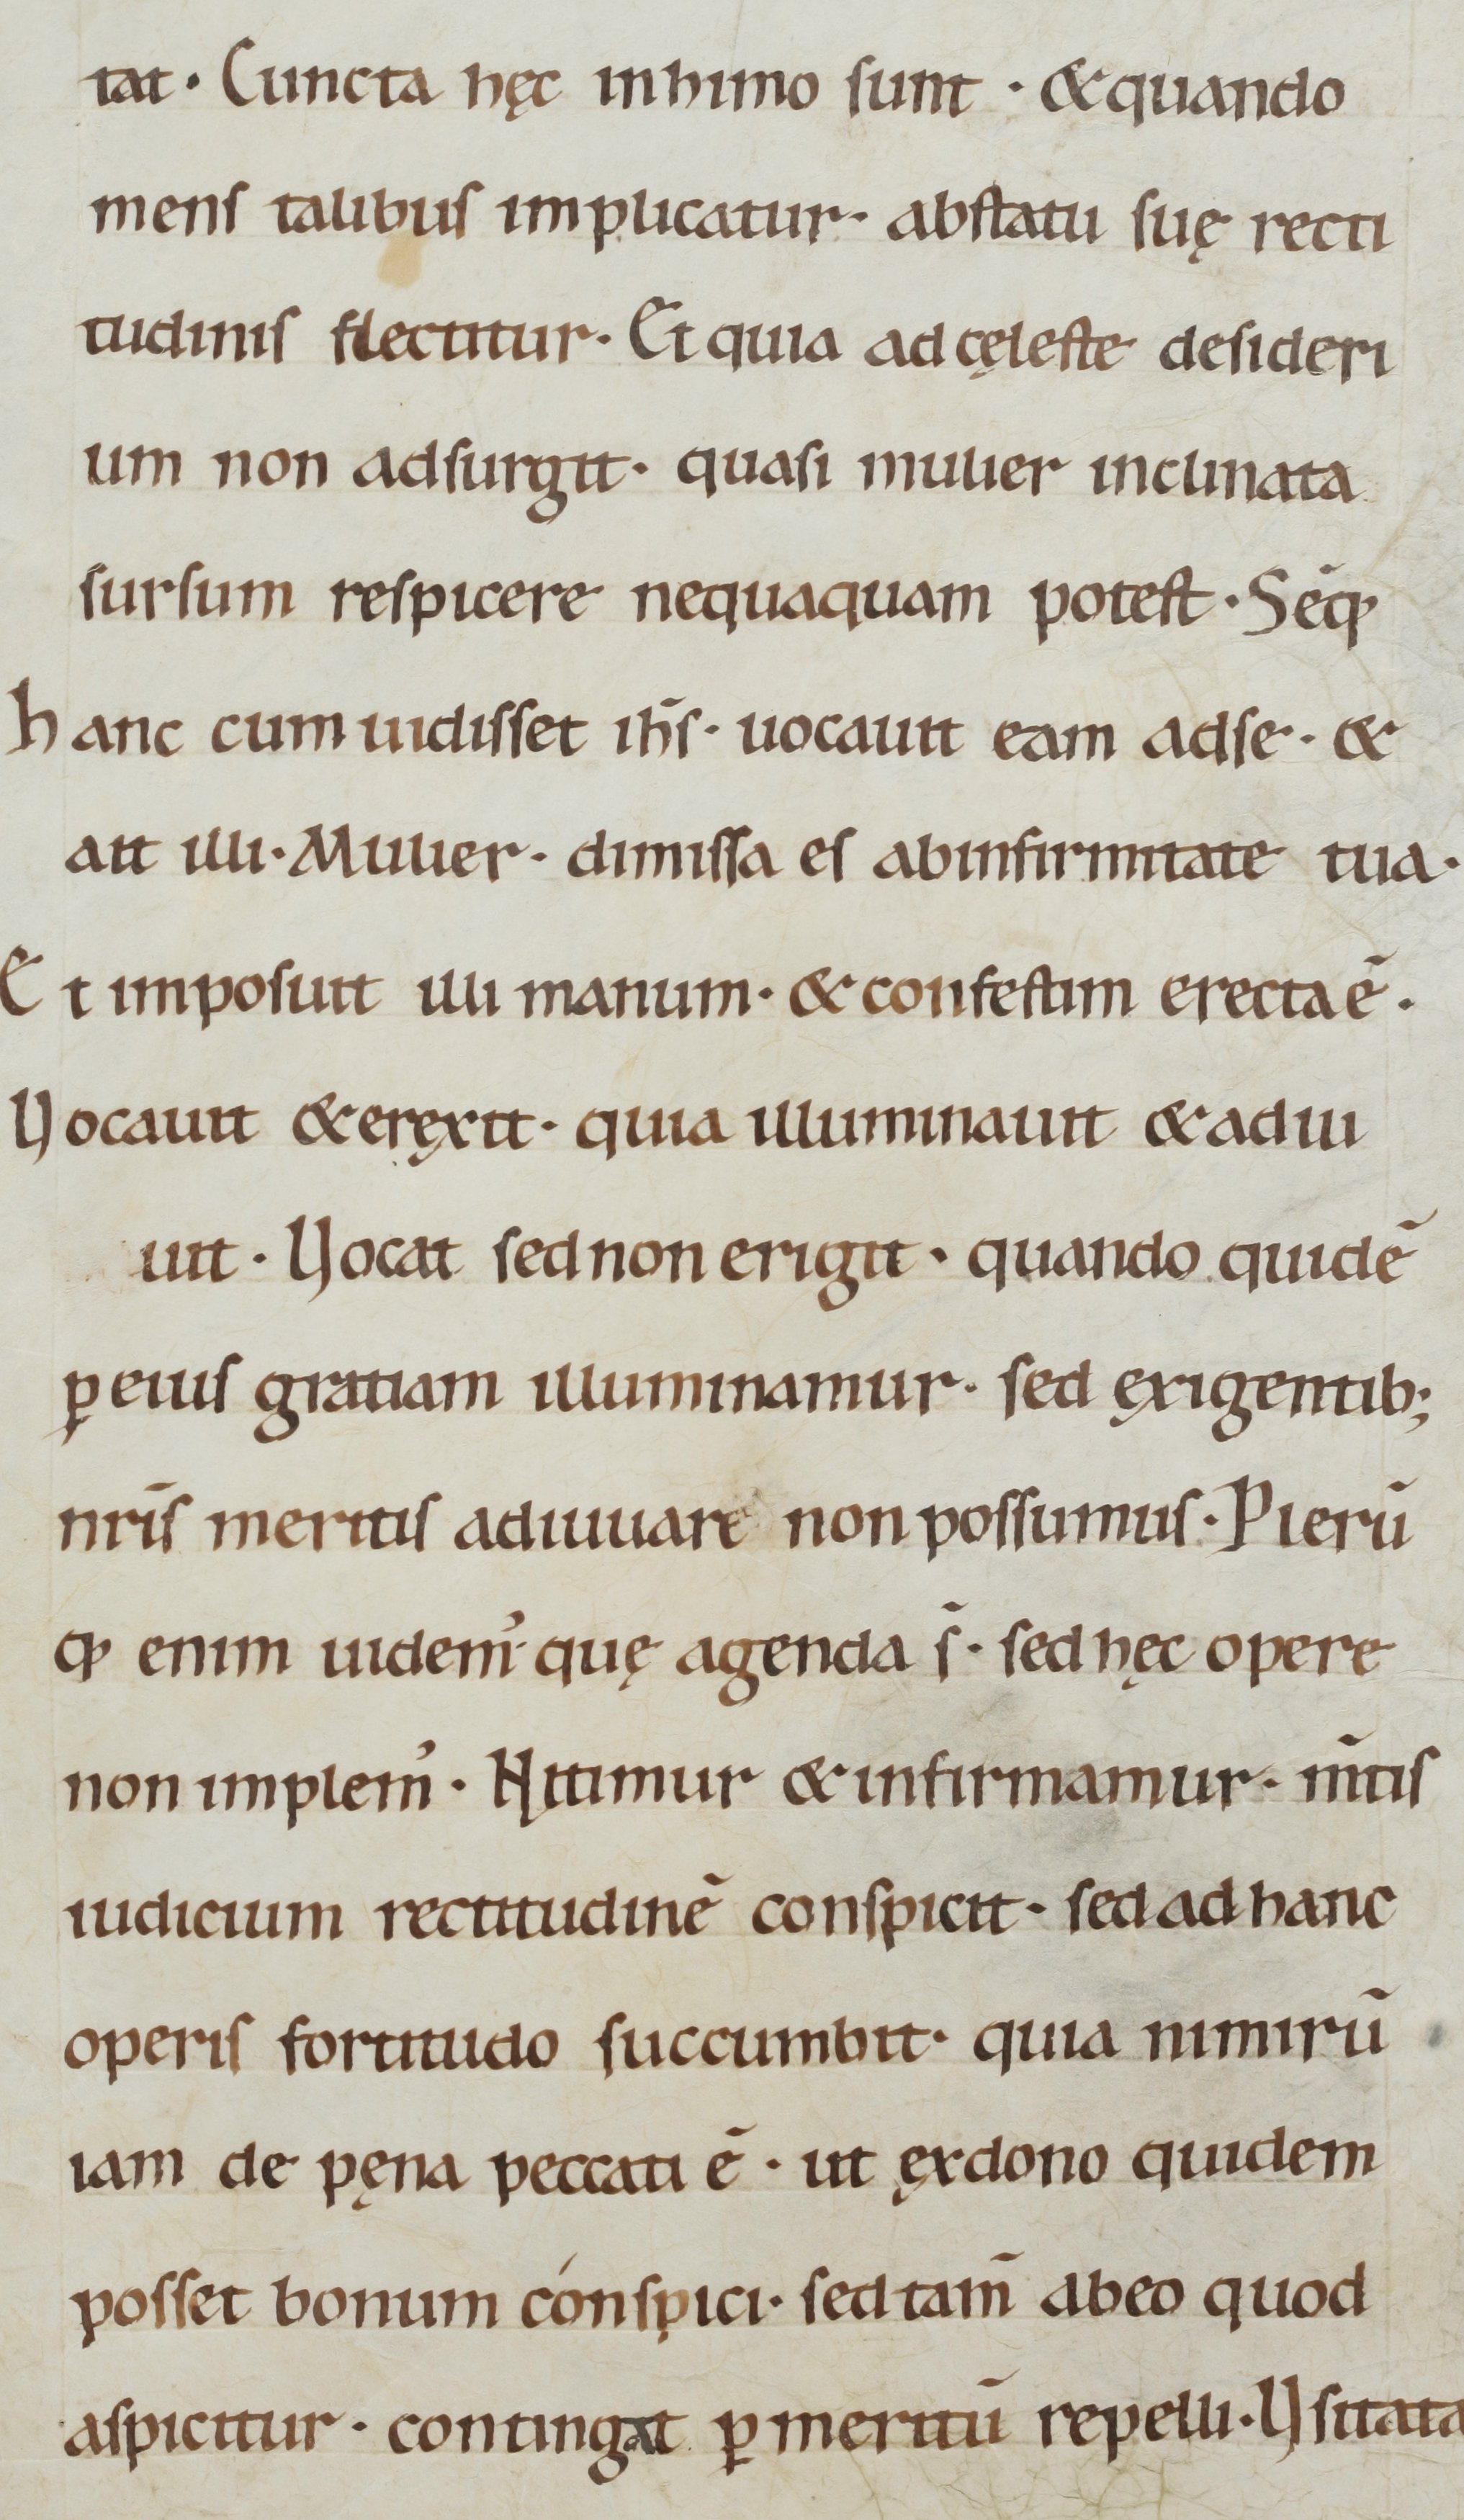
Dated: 1000–1099